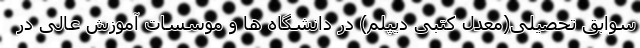
سوابق تحصیلی(معدل کتبی دیپلم) در دانشگاه ها و موسسات آموزش عالی در